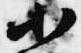
小